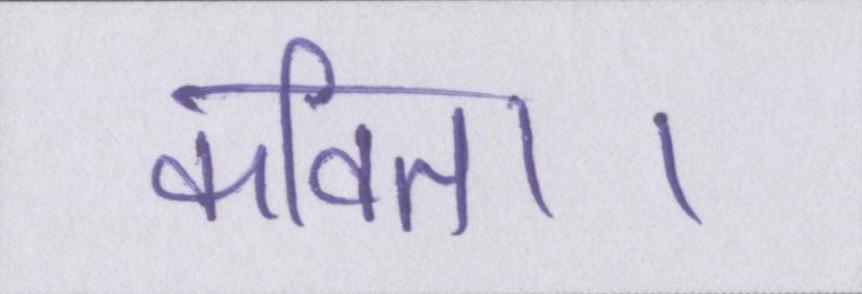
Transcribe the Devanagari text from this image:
कविता।